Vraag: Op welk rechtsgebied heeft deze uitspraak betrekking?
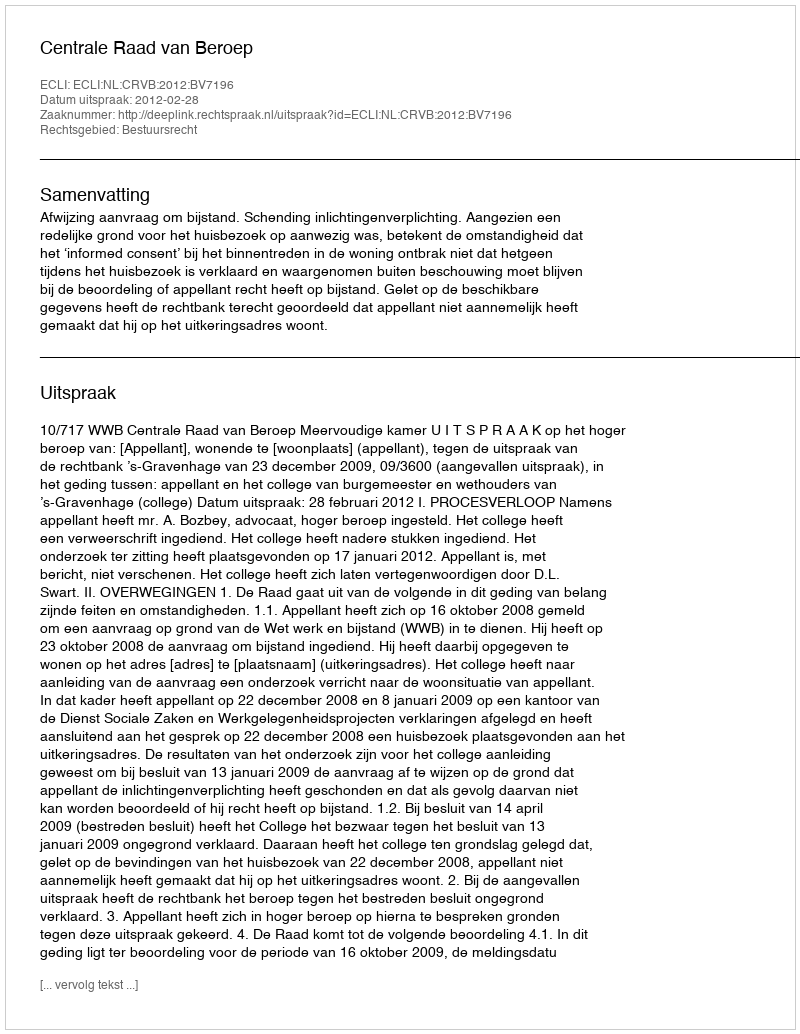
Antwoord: Bestuursrecht